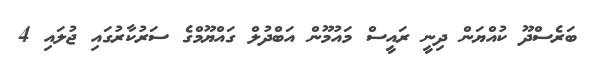
ބަރެސްދޫ ކުއްޔަން ދިނީ ރައީސް މައުމޫން އަބްދުލް ގައްޔޫމްގެ ސަރުކާރުގައި ޖުލައި 4